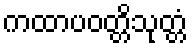
ကထာပဝတ္တိသုတ္တံ